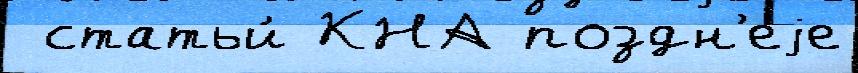
 статьи́ КНА поздн'еjе